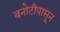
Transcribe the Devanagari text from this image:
बनोटीपासून